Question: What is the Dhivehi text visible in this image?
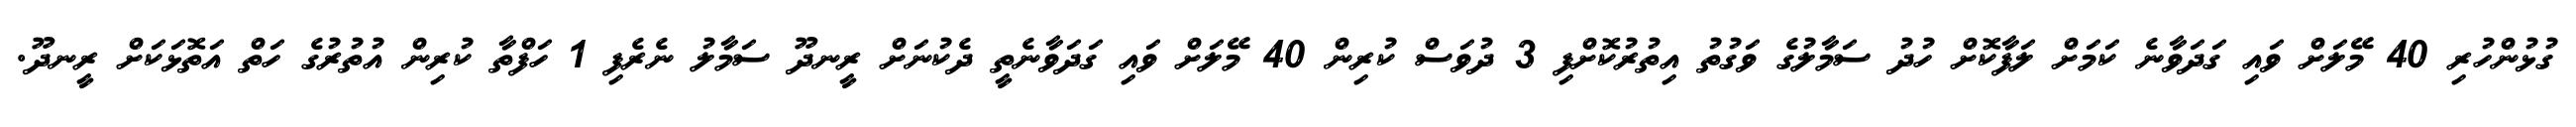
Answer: ގުޅުންހުރި 40 މޭލަށް ވައި ގަދަވާނެ ކަމަށް ލަފާކޮށް ހުދު ސަމާލުގެ ވަގުތު އިތުރުކޮށްފި 3 ދުވަސް ކުރިން 40 މޭލަށް ވައި ގަދަވާނެތީ ދެކުނަށް ރީނދޫ ސަމާލު ނެރެފި 1 ހަފްތާ ކުރިން އުތުރުގެ ހަތް އަތޮޅަކަށް ރީނދޫ.